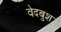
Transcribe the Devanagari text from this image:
वेदबुश